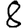
Digit: 8